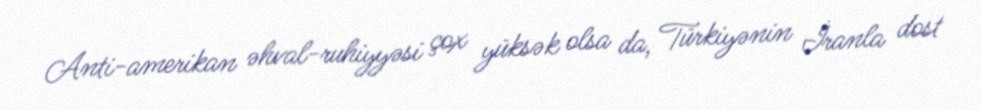
Anti-amerikan əhval-ruhiyyəsi çox yüksək olsa da, Türkiyənin İranla dost